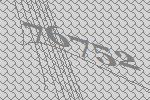
76752